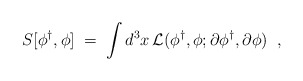
\begin{align*}S[\phi^\dagger, \phi]\;=\;\int d^3x \,{\cal L}(\phi^\dagger, \phi ;\partial \phi^\dagger, \partial \phi )\;\;,\end{align*}